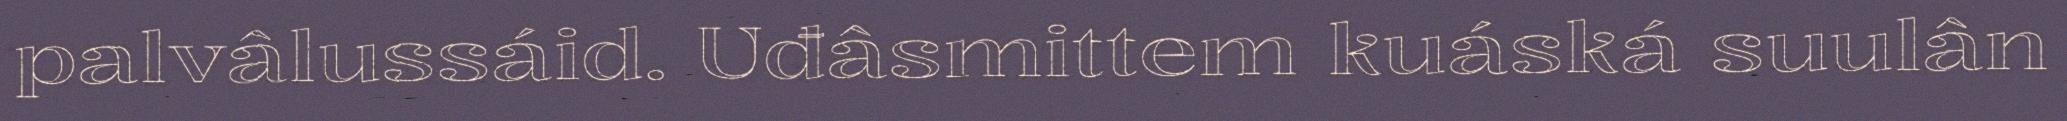
palvâlussáid. Uđâsmittem kuáská suulân